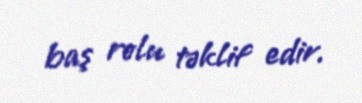
baş rolu təklif edir.